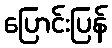
ပြောင်းပြန်